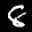
Label: 8